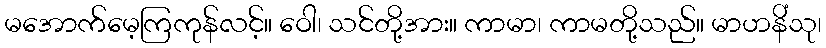
မအောက်မေ့ကြကုန်လင့်။ ဝေါ၊ သင်တို့အား။ ကာမာ၊ ကာမတို့သည်။ မာဟနိံသု၊